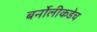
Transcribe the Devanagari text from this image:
बर्नोलीकडेच